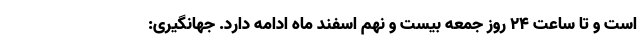
است و تا ساعت ۲۴ روز جمعه بیست و نهم اسفند ماه ادامه دارد. جهانگیری: